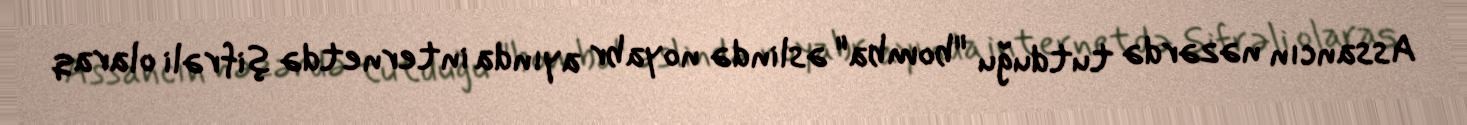
Assancın nəzərdə tutduğu "bomba" əslində noyabr ayında internetdə şifrəli olaraq